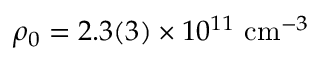
\rho _ { 0 } = 2 . 3 ( 3 ) \times 1 0 ^ { 1 1 } ~ \mathrm { c m } ^ { - 3 }